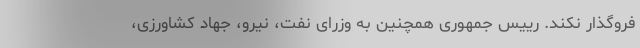
فروگذار نکند. رییس جمهوری همچنین به وزرای نفت، نیرو، جهاد کشاورزی،